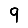
Digit: 9